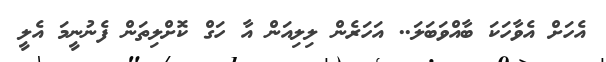
އެހަށް އެވާހަކަ ބާއްވަބަލަ.. އަހަރެން ލިލިއަން އާ ހަގް ކޮށްލިތަން ފެނުނީމަ އެލީ